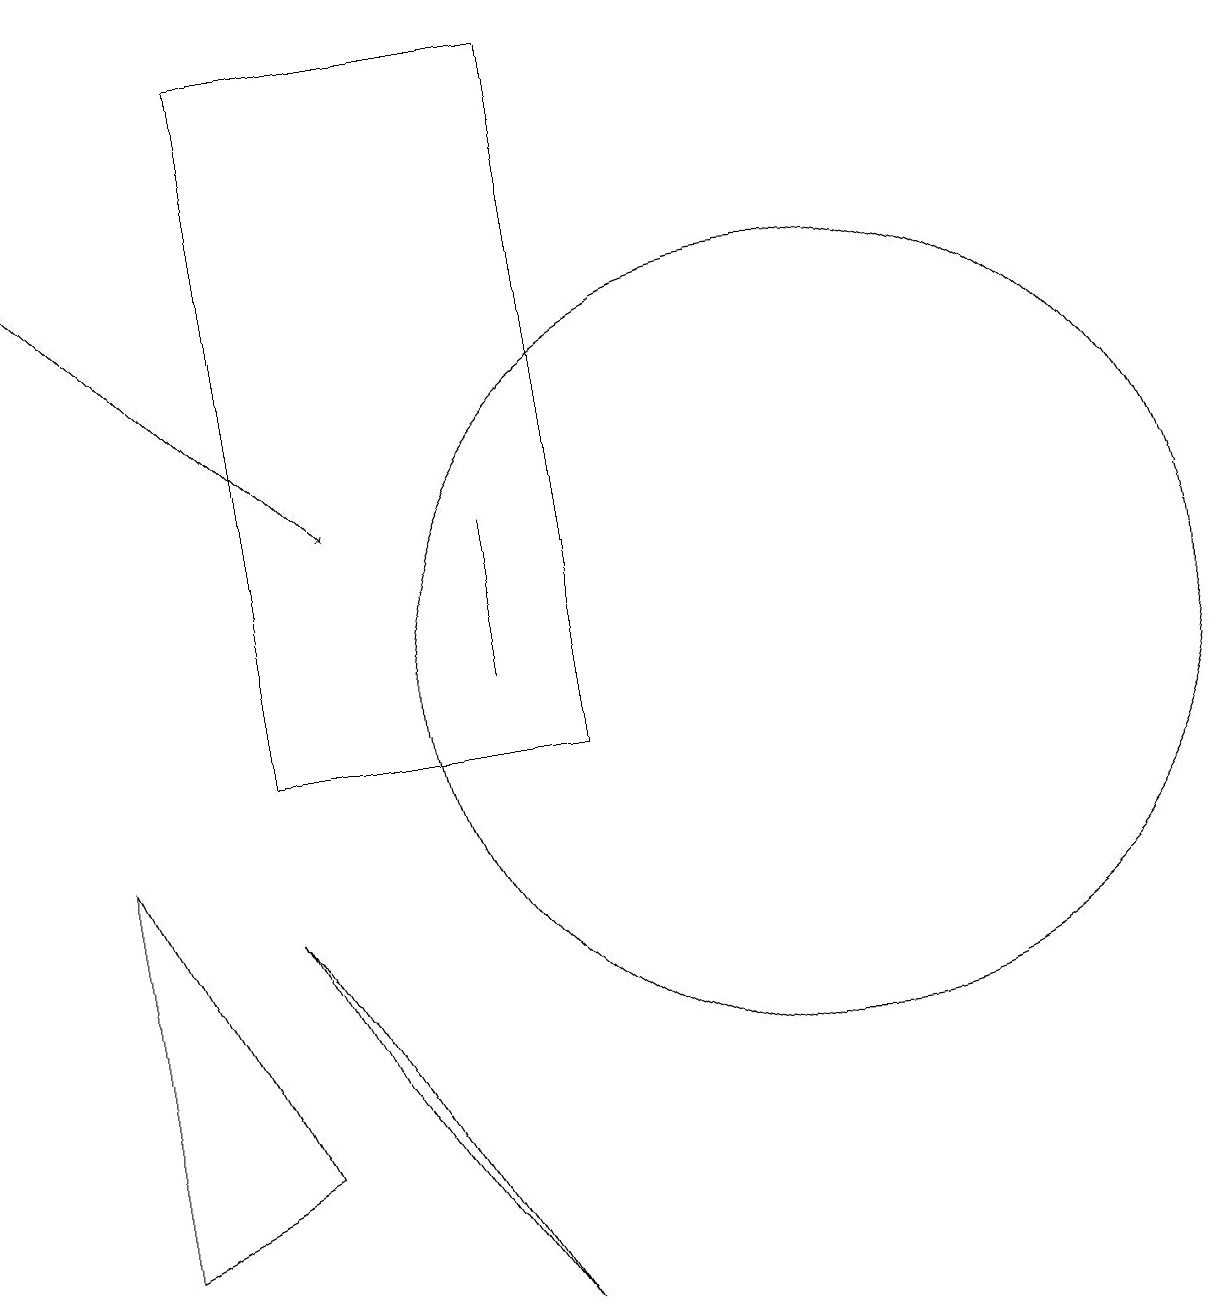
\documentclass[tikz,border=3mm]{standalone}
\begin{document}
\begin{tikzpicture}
\draw (5,10) rectangle (9,19);
\draw (6,6) -- (8,3) -- (5,8) -- cycle;
\draw (8,13) rectangle (8,11);
\draw[->] (2,17) -- (6,13);
\draw (3,9) -- (3,4) -- (5,5) -- cycle;
\draw (12,11) circle (5);
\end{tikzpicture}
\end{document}